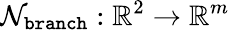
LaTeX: \mathcal{N}_{\texttt{branch}}:\mathbb{R}^{2}\rightarrow\mathbb{R}^{m}